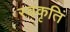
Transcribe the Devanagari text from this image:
स्वकृतिं